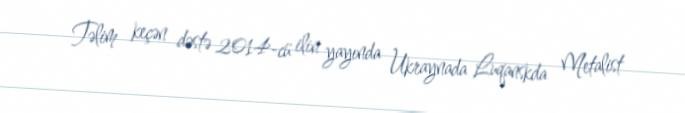
Təlim keçən dəstə 2014-cü ilin yayında Ukraynada Luqanskda Metalist